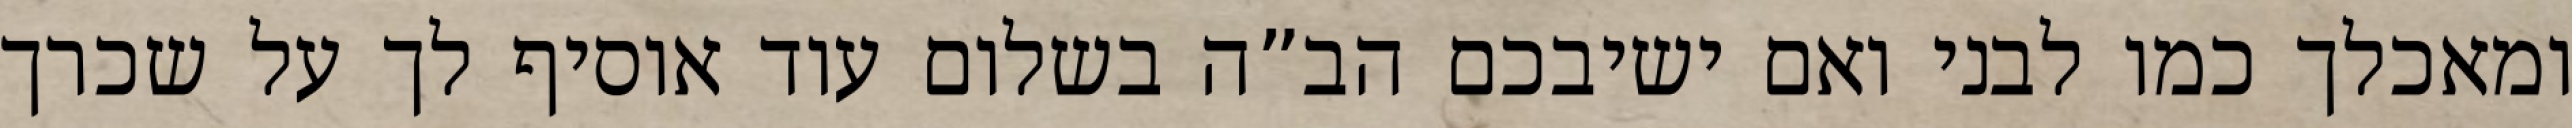
ומאכלך כמו לבני ואם ישיבכם הב”ה בשלום עוד אוסיף לך על שכרך